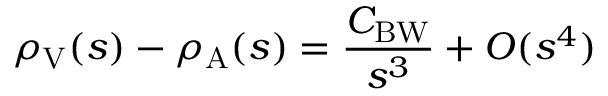
\rho _ { \mathrm { V } } ( s ) - \rho _ { \mathrm { A } } ( s ) = { \frac { C _ { \mathrm { B W } } } { s ^ { 3 } } } + { \cal O } ( s ^ { 4 } )